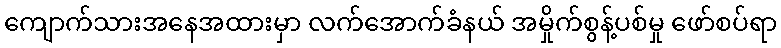
ကျောက်သားအနေအထားမှာ လက်အောက်ခံနယ် အမှိုက်စွန့်ပစ်မှု ဖော်စပ်ရာ